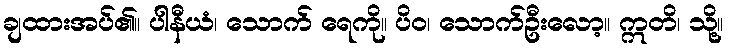
ချထားအပ်၏။ ပါနီယံ၊ သောက် ရေကို။ ပိဝ၊ သောက်ဦးလော့။ ဣတိ၊ သို့။